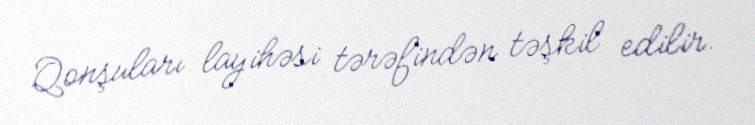
Qonşuları layihəsi tərəfindən təşkil edilir.